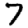
Digit: 7